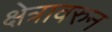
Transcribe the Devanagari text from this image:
क्षेत्रावरुन